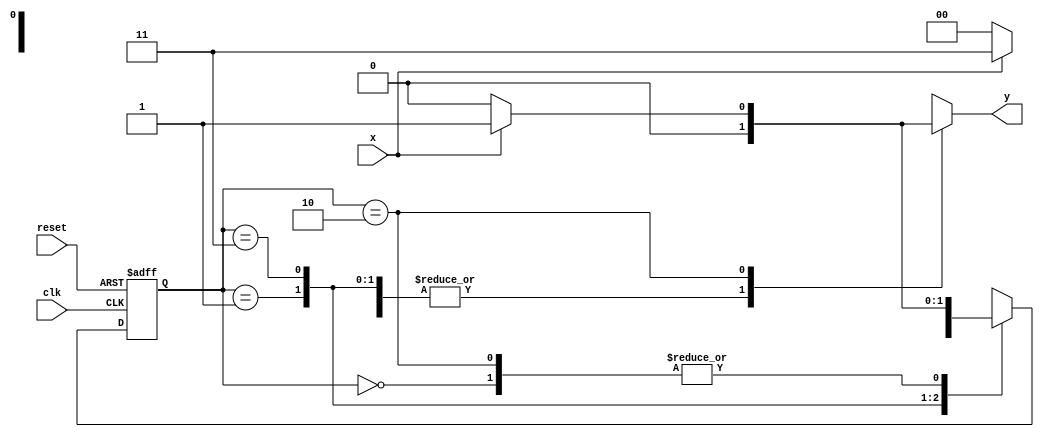
// -------------- 
// --- Mealy FSM  (Flying Spaguetti Monster)
// -------------- 
 
// -------------- 
// --- Mealy FSM 
// -------------- 
 
/*//-- 
//--                        Mealy FSM Diagram 
//--                      _______________________ 
//--                     /                      \ 
//--              1    v   1           0       1 | // found 
//--   [start] ---> [id1] ---> [id11] ---> [id110] 
//--     ^  \0         0 |           1 / ^     0 | // not found 
//--      \_/           /              \/        | 
//--       \___________/                         / 
//--        \                                   / 
//--         \_________________________________/ 
*/
 
//-- constant definitions 
`define found      1 
`define notfound 0 
 
//-- FSM by Mealy 
module mealy1101 ( y, x, clk, reset ); 
 output y; 
 input   x; 
 input   clk; 
 input   reset; 
 
 reg      y; 
 
 parameter         //-- state identifiers  
   start    = 2'b00, 
   id1      = 2'b01, 
   id11    = 2'b11, 
   id110  = 2'b10; 
 
   reg [1:0] E1; //-- current state variables 
   reg [1:0] E2; //-- next state logic output 
 
 
//-- next state logic 
   always @( x or E1 ) 
    begin 
     y = `notfound; 
     case ( E1 ) 
      start: 
        if ( x ) 
         E2 = id1; 
        else 
         E2 = start; 
      id1: 
        if ( x ) 
         E2 = id11; 
        else 
         E2 = start; 
      id11: 
        if ( x ) 
         E2 = id11; 
        else 
         E2 = id110; 
      id110: 
        if ( x ) 
         begin 
           E2 =  id1; 
           y  = `found; 
         end 
        else 
         begin 
           E2 =  start; 
           y  = `notfound; 
         end 
      default:   //-- undefined state 
           E2 =  2'bxx; 
     endcase 
    end //-- always at signal or state changing 
 
//-- state variables 
   always @( posedge clk or negedge reset ) 
    begin 
     if ( reset ) 
      E1 = E2;    //-- updates current state 
     else 
      E1 = 0;     //-- reset 
    end //-- always at signal changing 
 
endmodule //-- mealy1101